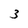
Character: 3